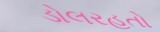
ડોલરહતો